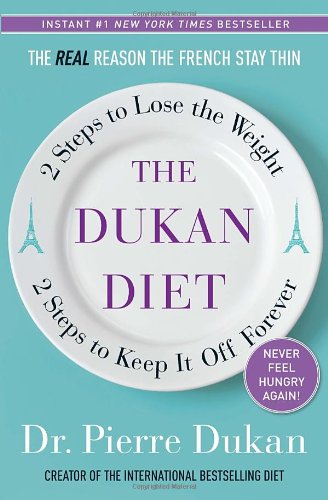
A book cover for The Dukan Diet: 2 Steps to Lose the Weight, 2 Steps to Keep It Off Forever; Pierre Dukan; Health, Fitness & Dieting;